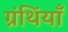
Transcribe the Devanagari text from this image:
ग्रंथिंयाँ